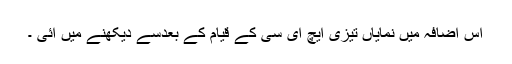
اس اضافہ میں نمایاں تیزی ایچ ای سی کے قیام کے بعدسے دیکھنے میں آئی ۔